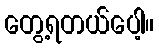
တွေ့ရတယ်ပေါ့။